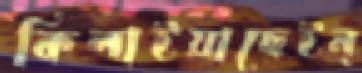
কিলাইয়াছেইন্